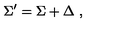
\Sigma ^ { \prime } = \Sigma + \Delta \ ,